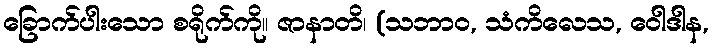
ခြောက်ပါးသော စရိုက်ကို။ ဇာနာတိ၊ (သဘာဝ, သံကိလေသ, ဝေါဒါန,